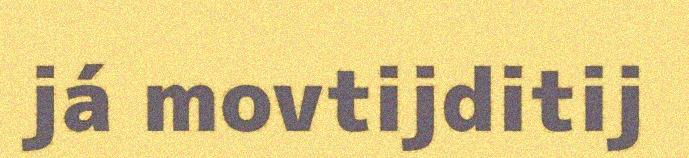
já movtijditij